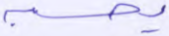
يحسبه